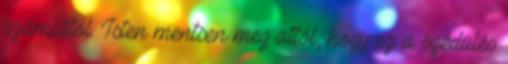
számlától. Isten mentsen meg attól, hogy ez a szédülés